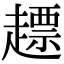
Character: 𧽤